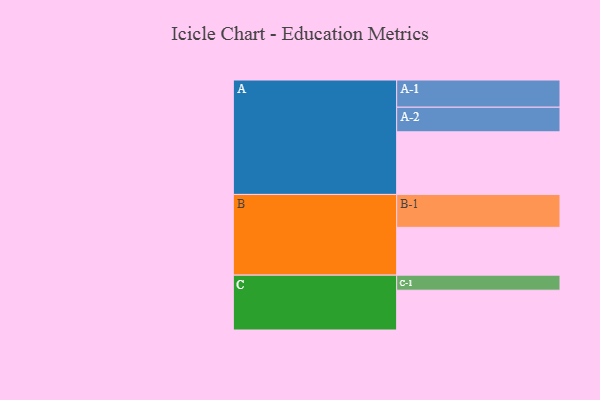
{"axis": {"x": "Segment", "y": "Value"}, "legend": ["", "A", "B", "C"], "data": [{"x": "A", "y": 557, "type": ""}, {"x": "B", "y": 425, "type": ""}, {"x": "C", "y": 354, "type": ""}, {"x": "A-1", "y": 242, "type": "A"}, {"x": "A-2", "y": 219, "type": "A"}, {"x": "B-1", "y": 293, "type": "B"}, {"x": "C-1", "y": 134, "type": "C"}]}